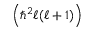
\left( \hbar ^ { 2 } \ell ( \ell + 1 ) \right)